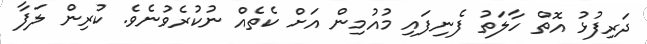
ދަރިފުޅު އޮތް ހާލަތު ފެނިފައި މުއުމިން އަށް ކެތެއް ނުކުރެވުނެވެ. ކުރިން ލަފާ